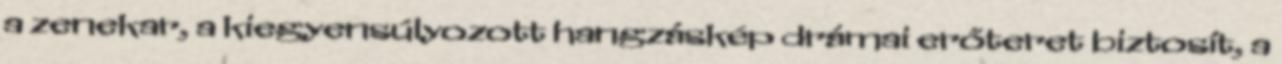
a zenekar, a kiegyensúlyozott hangzáskép drámai erőteret biztosít, a